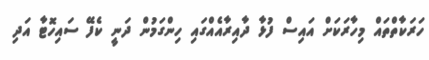
ހަރަކާތްތައް މިހާރަކަށް އައިސް ފުޅާ ދާއިރާއެއްގައި ހިންގަމުން ދަނީ ކެފޭ ސައިހޮޓާ އަދި